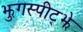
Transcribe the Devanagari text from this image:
झुगस्पीट्झे